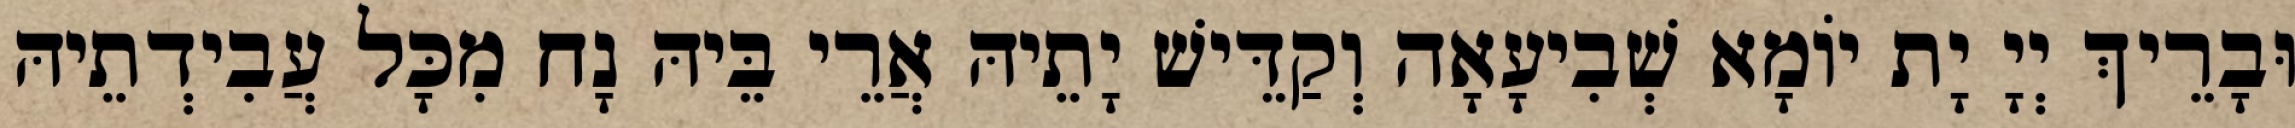
וּבָרֵיךְ יְיָ יָת יוֹמָא שְׁבִיעָאָה וְקַדֵּישׁ יָתֵיהּ אֲרֵי בֵּיהּ נָח מִכָּל עֲבִידְתֵיהּ